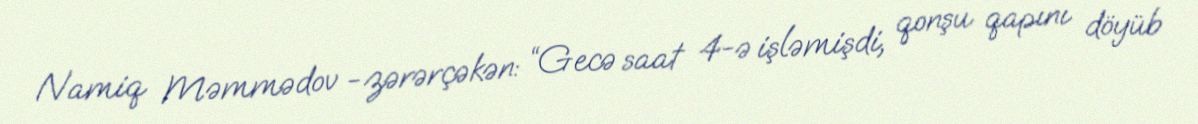
Namiq Məmmədov -zərərçəkən: “Gecə saat 4-ə işləmişdi, qonşu qapını döyüb